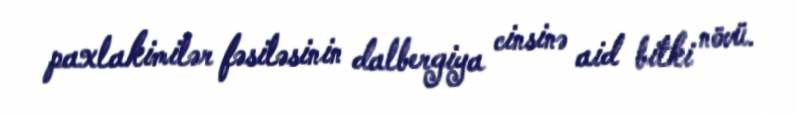
paxlakimilər fəsiləsinin dalbergiya cinsinə aid bitki növü.